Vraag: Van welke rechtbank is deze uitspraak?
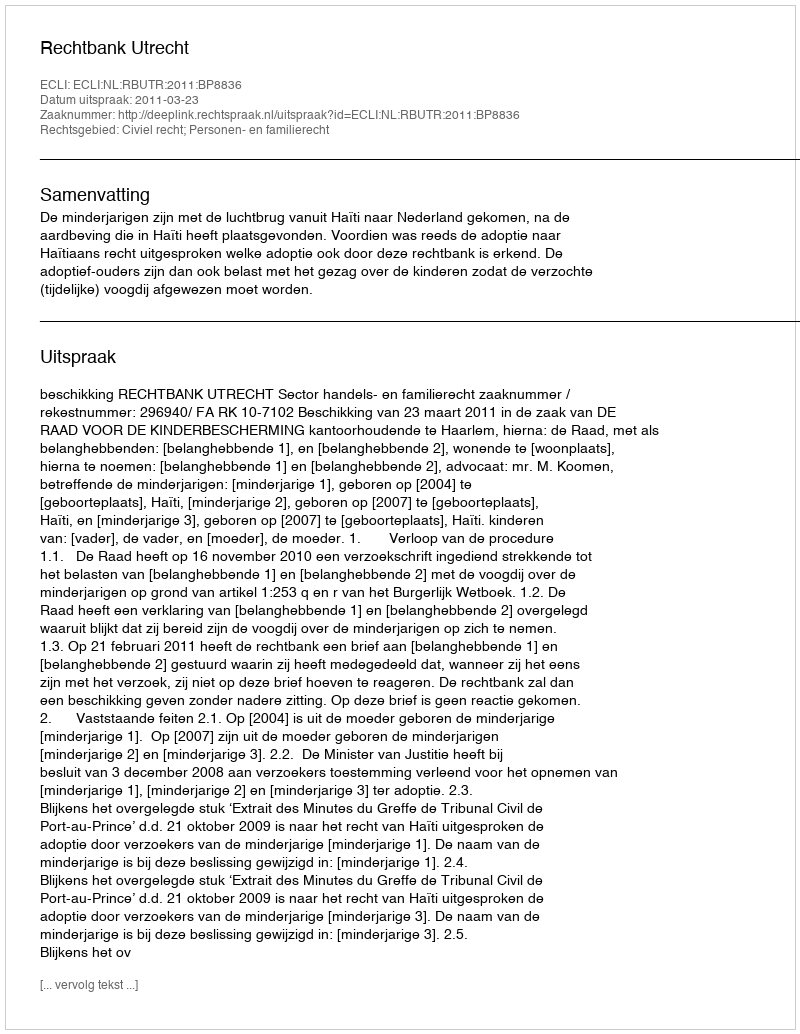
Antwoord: Rechtbank Utrecht